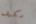
مكيف